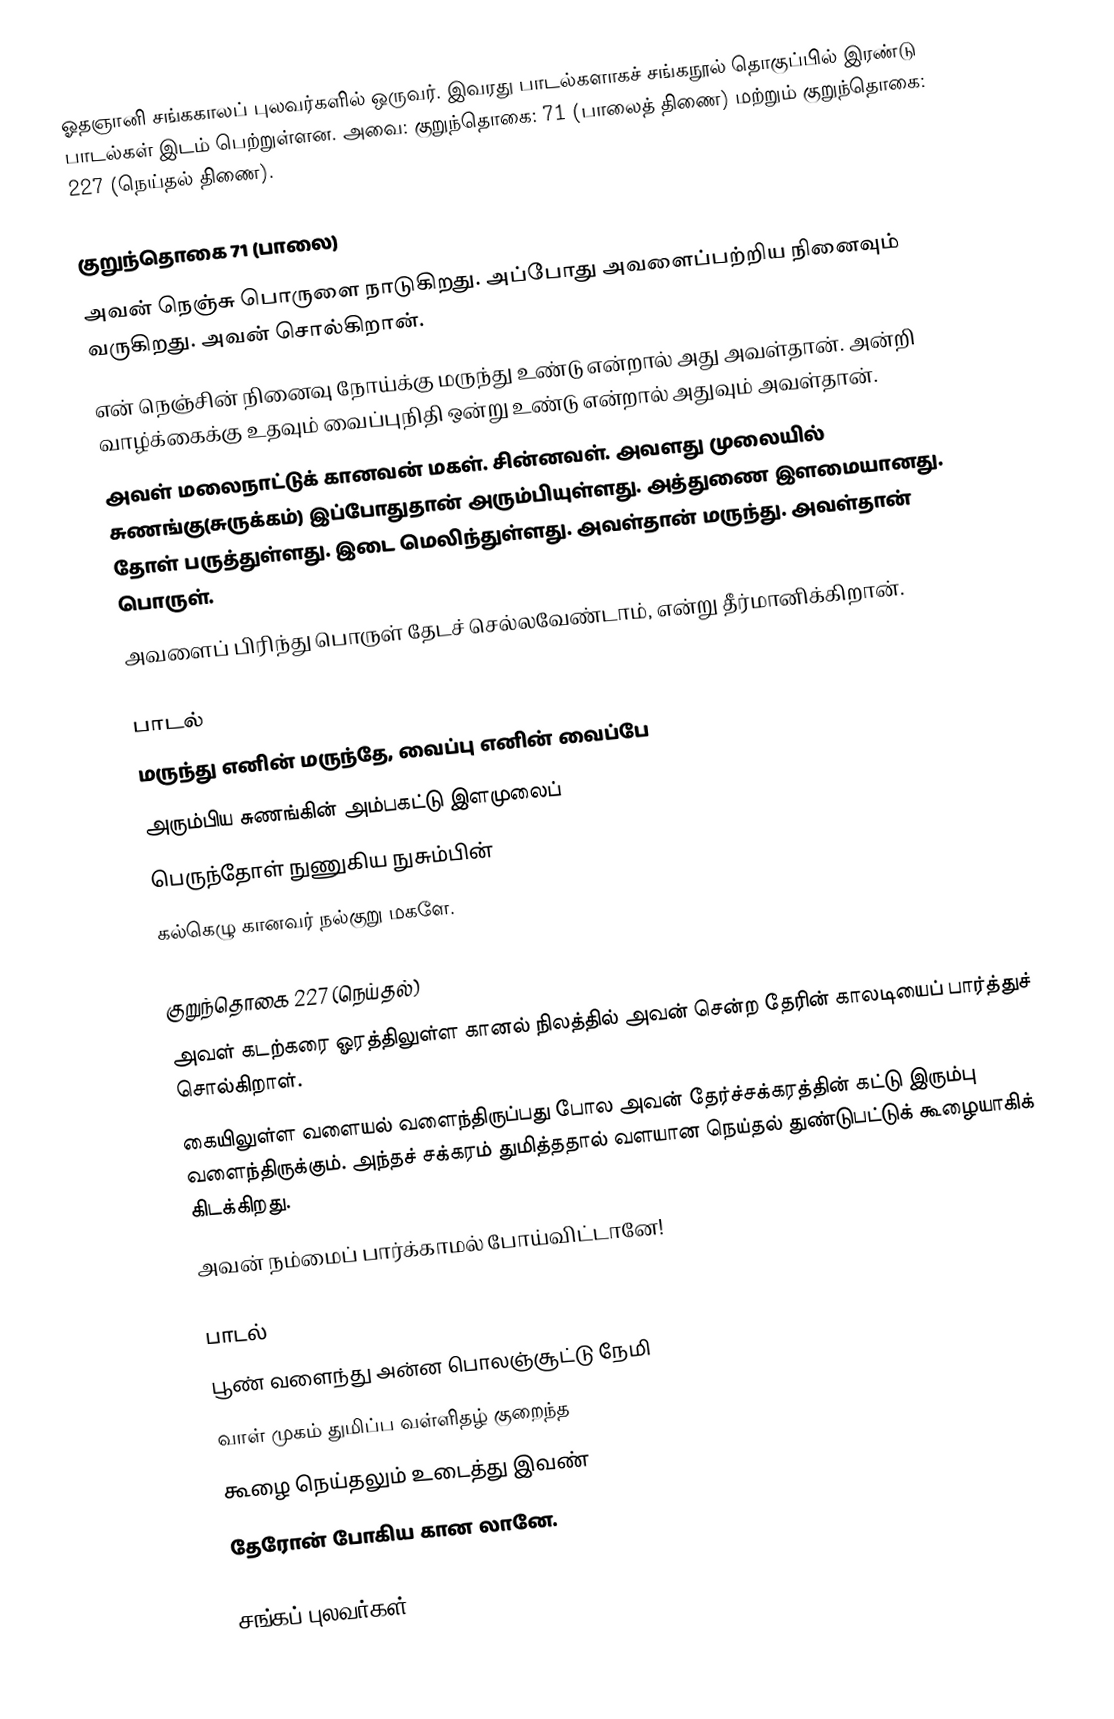
ஓதஞானி சங்ககாலப் புலவர்களில் ஒருவர். இவரது பாடல்களாகச் சங்கநூல் தொகுப்பில் இரண்டு பாடல்கள் இடம் பெற்றுள்ளன. அவை: குறுந்தொகை: 71 (பாலைத் திணை) மற்றும் குறுந்தொகை: 227 (நெய்தல் திணை).

குறுந்தொகை 71 (பாலை)
 அவன் நெஞ்சு பொருளை நாடுகிறது. அப்போது அவளைப்பற்றிய நினைவும் வருகிறது. அவன் சொல்கிறான்.
 என் நெஞ்சின் நினைவு நோய்க்கு மருந்து உண்டு என்றால் அது அவள்தான். அன்றி வாழ்க்கைக்கு உதவும் வைப்புநிதி ஒன்று உண்டு என்றால் அதுவும் அவள்தான்.
 அவள் மலைநாட்டுக் கானவன் மகள். சின்னவள். அவளது முலையில் சுணங்கு(சுருக்கம்) இப்போதுதான் அரும்பியுள்ளது. அத்துணை இளமையானது. தோள் பருத்துள்ளது. இடை மெலிந்துள்ளது. அவள்தான் மருந்து. அவள்தான் பொருள்.
 அவளைப் பிரிந்து பொருள் தேடச் செல்லவேண்டாம், என்று தீர்மானிக்கிறான்.

பாடல்
மருந்து எனின் மருந்தே, வைப்பு எனின் வைப்பே
அரும்பிய சுணங்கின் அம்பகட்டு இளமுலைப்
பெருந்தோள் நுணுகிய நுசும்பின்
கல்கெழு கானவர் நல்குறு மகளே.

குறுந்தொகை 227 (நெய்தல்)
 அவள் கடற்கரை ஓரத்திலுள்ள கானல் நிலத்தில் அவன் சென்ற தேரின் காலடியைப் பார்த்துச் சொல்கிறாள்.
 கையிலுள்ள வளையல் வளைந்திருப்பது போல அவன் தேர்ச்சக்கரத்தின் கட்டு இரும்பு வளைந்திருக்கும். அந்தச் சக்கரம் துமித்ததால் வளயான நெய்தல் துண்டுபட்டுக் கூழையாகிக் கிடக்கிறது.
 அவன் நம்மைப் பார்க்காமல் போய்விட்டானே!

பாடல்
பூண் வளைந்து அன்ன பொலஞ்சூட்டு நேமி
வாள் முகம் துமிப்ப வள்ளிதழ் குறைந்த
கூழை நெய்தலும் உடைத்து இவண்
தேரோன் போகிய கான லானே.

சங்கப் புலவர்கள்